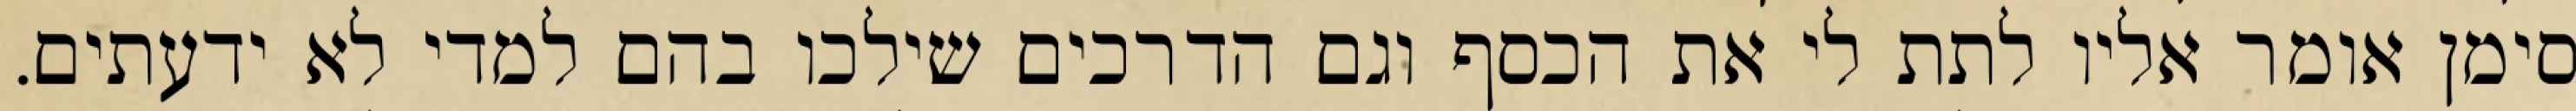
סימן אומר אליו לתת לי את הכסף וגם הדרכים שילכו בהם למדי לא ידעתים.